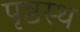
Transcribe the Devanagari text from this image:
पृष्ठस्थ